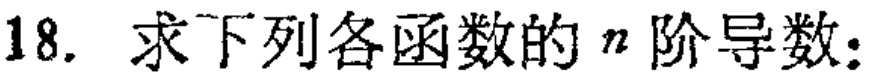
18. 求下列各函数的 \(n\) 阶导数：